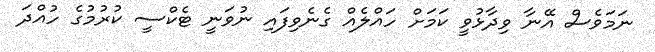
ނަމަވެސް އޭނާ ވިދާޅުވީ ކަމަށް ހައްލެއް ގެނެވިފައި ނުވަނީ ޓެކްސީ ކުރުމުގެ ހުއްދަ